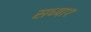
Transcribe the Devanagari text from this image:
सध्या१